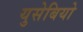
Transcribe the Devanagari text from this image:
युसेबियो